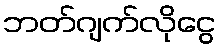
ဘတ်ဂျက်လိုငွေ